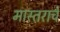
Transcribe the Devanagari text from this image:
मास्तराचे